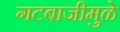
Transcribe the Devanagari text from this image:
गटबाजीमुळे